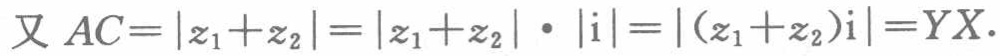
又 \(AC = |z_{1}+z_{2}| = |z_{1}+z_{2}|\cdot|\mathrm{i}| = |(z_{1}+z_{2})\mathrm{i}| = YX\)。